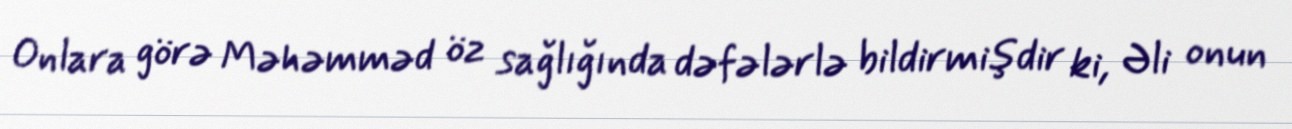
Onlara görə Məhəmməd öz sağlığında dəfələrlə bildirmişdir ki, Əli onun